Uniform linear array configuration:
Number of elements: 16
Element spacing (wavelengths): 1
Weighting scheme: hann
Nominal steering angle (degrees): -60
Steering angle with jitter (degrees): -60.464
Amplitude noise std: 0.05
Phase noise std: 0.05

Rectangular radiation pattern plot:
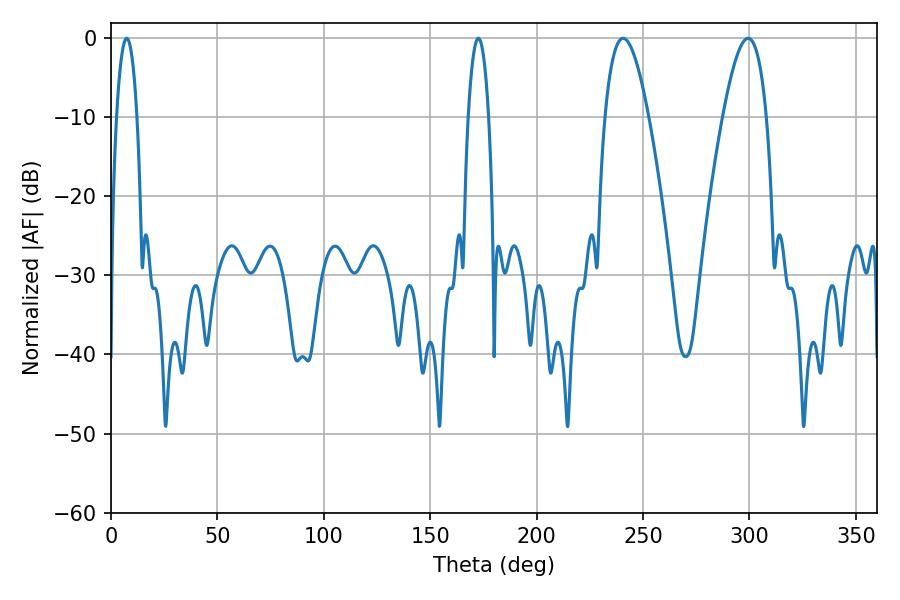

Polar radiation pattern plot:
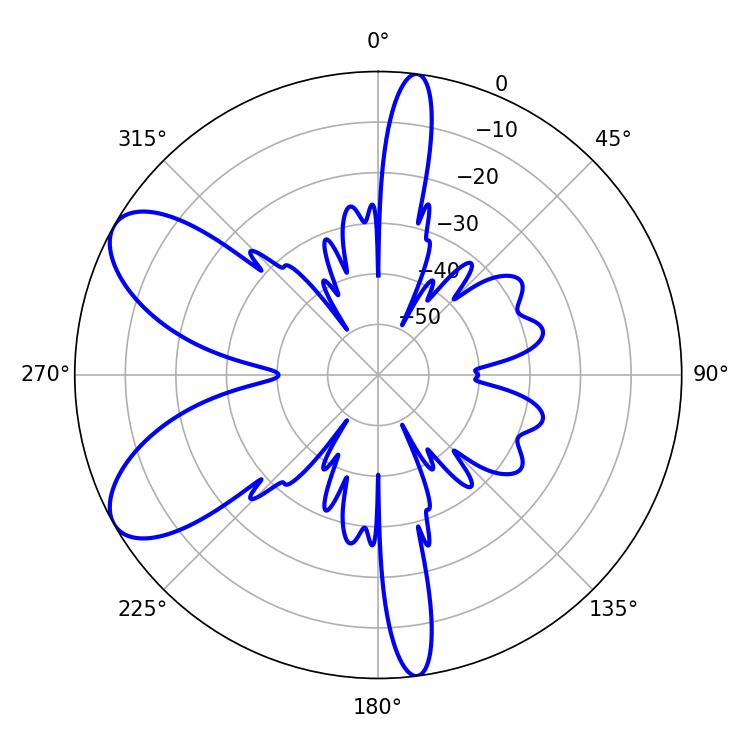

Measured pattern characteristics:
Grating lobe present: TRUE
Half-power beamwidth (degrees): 5.4
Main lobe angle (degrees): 172.62